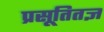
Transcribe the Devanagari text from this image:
प्रसूतितज्ञ